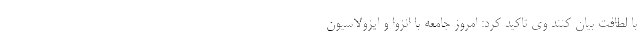
با لطافت بیان کنند وی تاکید کرد: امروز جامعه با انزوا و ایزولاسیون